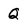
Character: Q